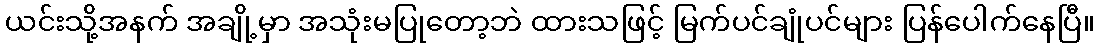
ယင်းသို့အနက် အချို့မှာ အသုံးမပြုတော့ဘဲ ထားသဖြင့် မြက်ပင်ချုံပင်များ ပြန်ပေါက်နေပြီ။